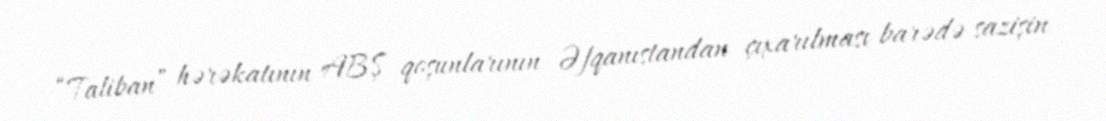
“Taliban” hərəkatının ABŞ qoşunlarının Əfqanıstandan çıxarılması barədə sazişin